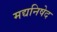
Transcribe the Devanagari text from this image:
मद्यनिषेद